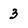
Character: 3